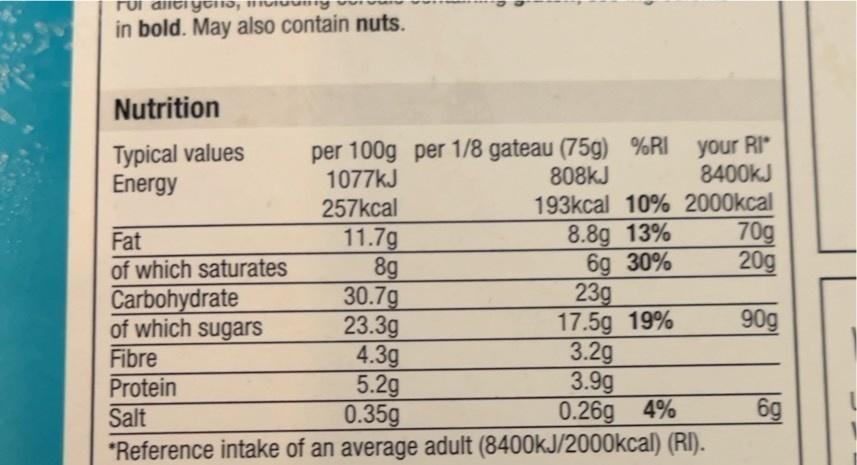
Fui alltigens,
in bold. May also contain nuts.
Nutrition
Typical values
Energy
Fat
of which saturates
Carbohydrate
of which sugars
per 100g per 1/8 gateau (75g) %RI your RI*
1077kJ
808kJ
257kcal
11.7g
8g
30.7g
23.3g
4.3g
5.2g
0.35g
*Reference intake of an average adult (8400kJ/2000kcal) (RI).
Fibre
Protein
Salt
8400kJ
193kcal 10% 2000kcal
8.8g 13%
6g 30%
23g
17.5g 19%
3.2g
3.9g
0.26g 4%
70g
20g
90g
6g